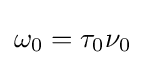
\omega _{0}=\tau _{0}\nu _{0}